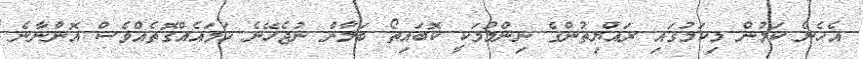
އެހެން ކަމުން މިކަމުގައި ރައްޔިތުންގެ ނިންމުމަކީ ކޮބައިތޯ ބަލާން ނުޖެހޭނެ ހަމައެއްގޮތެއްވެސް އޮންނާނެ